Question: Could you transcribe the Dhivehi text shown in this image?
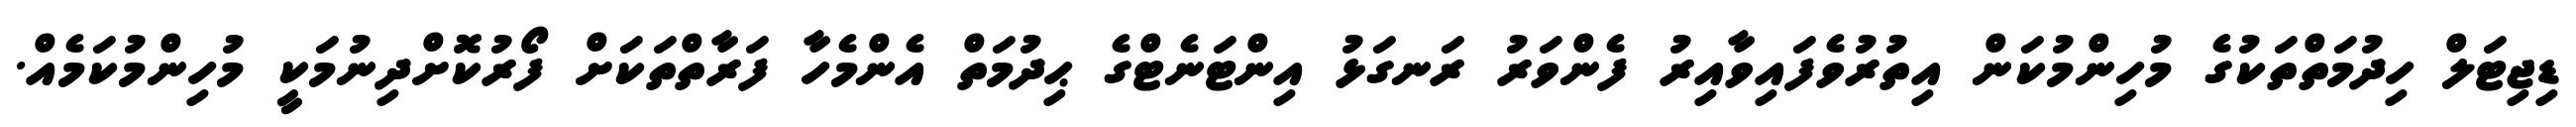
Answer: ޑިޖިޓަލް ހިދުމަތްތަކުގެ މުހިންމުކަން އިތުރުވެފައިވާއިރު ފެންވަރު ރަނގަޅު އިންޓަނެޓްގެ ޙިދުމަތް އެންމެހާ ފަރާތްތަކަށް ފޯރުކޮށްދިނުމަކީ މުހިންމުކަމެއް.